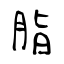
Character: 脂